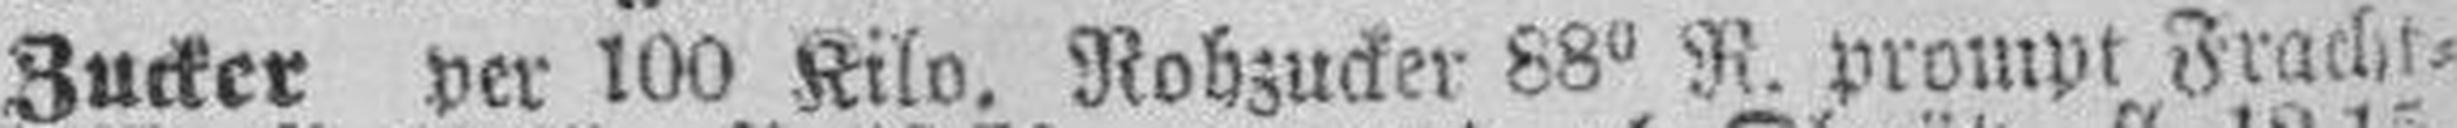
Zucker per 100 Kilo. Rohzucker 88° R. prompt Fracht¬